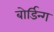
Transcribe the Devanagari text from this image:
बोर्डिन्ग